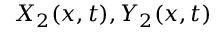
X _ { 2 } ( x , t ) , Y _ { 2 } ( x , t )